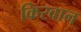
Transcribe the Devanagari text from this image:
किरवान